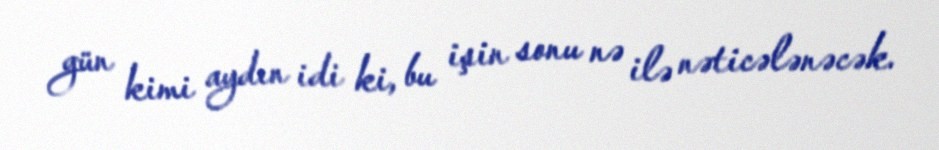
gün kimi aydın idi ki, bu işin sonu nə ilə nəticələnəcək.